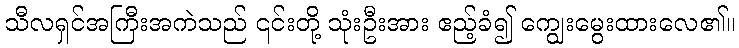
သီလရှင်အကြီးအကဲသည် ၎င်းတို့ သုံးဦးအား ဧည့်ခံ၍ ကျွေးမွေးထားလေ၏။